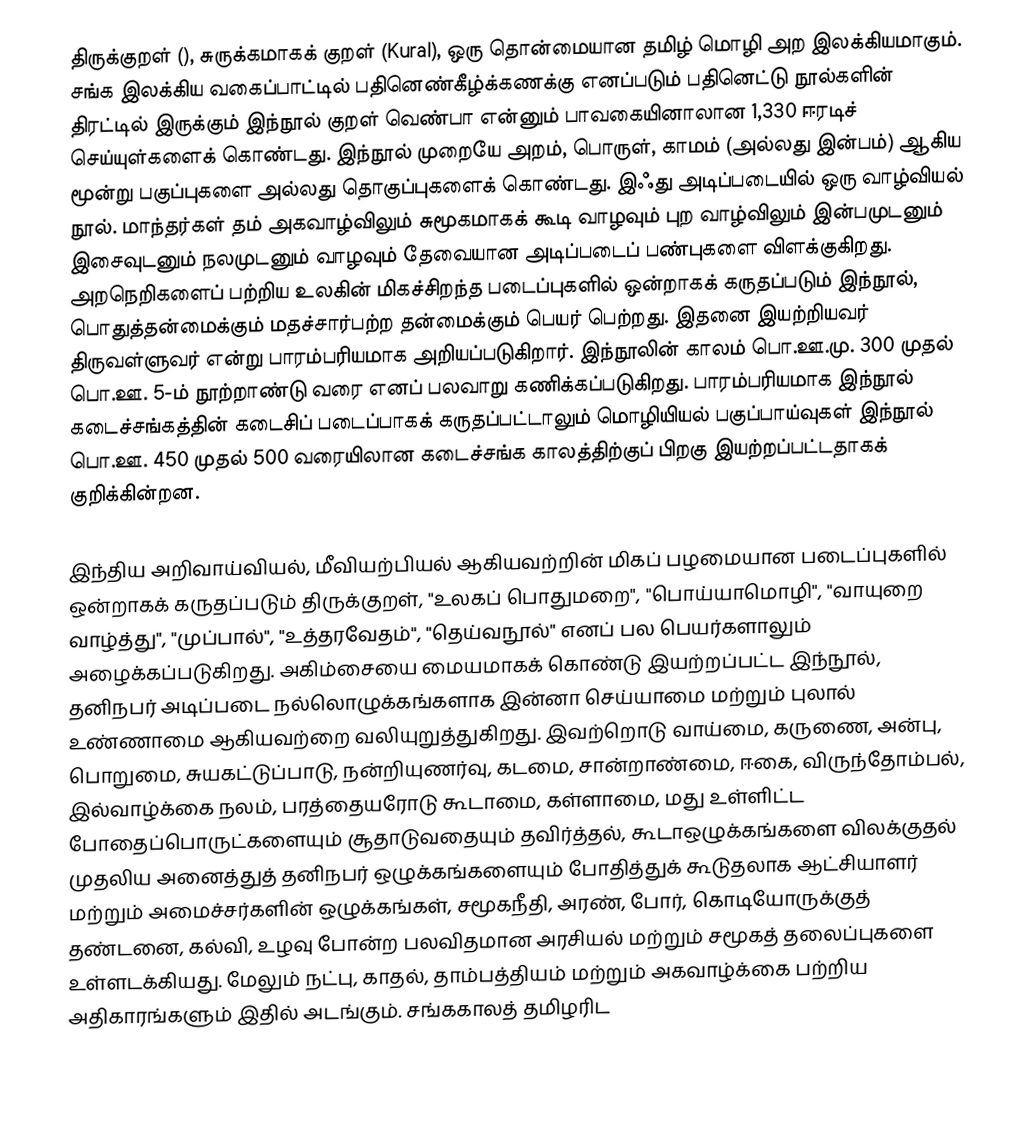
திருக்குறள் (), சுருக்கமாகக் குறள் (Kural), ஒரு தொன்மையான தமிழ் மொழி அற இலக்கியமாகும். சங்க இலக்கிய வகைப்பாட்டில் பதினெண்கீழ்க்கணக்கு எனப்படும் பதினெட்டு நூல்களின் திரட்டில் இருக்கும் இந்நூல் குறள் வெண்பா என்னும் பாவகையினாலான 1,330 ஈரடிச் செய்யுள்களைக் கொண்டது. இந்நூல் முறையே அறம், பொருள், காமம் (அல்லது இன்பம்) ஆகிய மூன்று பகுப்புகளை அல்லது தொகுப்புகளைக் கொண்டது. இஃது அடிப்படையில் ஒரு வாழ்வியல் நூல். மாந்தர்கள் தம் அகவாழ்விலும் சுமூகமாகக் கூடி வாழவும் புற வாழ்விலும் இன்பமுடனும் இசைவுடனும் நலமுடனும் வாழவும் தேவையான அடிப்படைப் பண்புகளை விளக்குகிறது. அறநெறிகளைப் பற்றிய உலகின் மிகச்சிறந்த படைப்புகளில் ஒன்றாகக் கருதப்படும் இந்நூல், பொதுத்தன்மைக்கும் மதச்சார்பற்ற தன்மைக்கும் பெயர் பெற்றது. இதனை இயற்றியவர் திருவள்ளுவர் என்று பாரம்பரியமாக அறியப்படுகிறார். இந்நூலின் காலம் பொ.ஊ.மு. 300 முதல் பொ.ஊ. 5-ம் நூற்றாண்டு வரை எனப் பலவாறு கணிக்கப்படுகிறது. பாரம்பரியமாக இந்நூல் கடைச்சங்கத்தின் கடைசிப் படைப்பாகக் கருதப்பட்டாலும் மொழியியல் பகுப்பாய்வுகள் இந்நூல் பொ.ஊ. 450 முதல் 500 வரையிலான கடைச்சங்க காலத்திற்குப் பிறகு இயற்றப்பட்டதாகக் குறிக்கின்றன.

இந்திய அறிவாய்வியல், மீவியற்பியல் ஆகியவற்றின் மிகப் பழமையான படைப்புகளில் ஒன்றாகக் கருதப்படும் திருக்குறள், "உலகப் பொதுமறை", "பொய்யாமொழி", "வாயுறை வாழ்த்து", "முப்பால்", "உத்தரவேதம்", "தெய்வநூல்" எனப் பல பெயர்களாலும் அழைக்கப்படுகிறது. அகிம்சையை மையமாகக் கொண்டு இயற்றப்பட்ட இந்நூல், தனிநபர் அடிப்படை நல்லொழுக்கங்களாக இன்னா செய்யாமை மற்றும் புலால் உண்ணாமை ஆகியவற்றை வலியுறுத்துகிறது. இவற்றொடு வாய்மை, கருணை, அன்பு, பொறுமை, சுயகட்டுப்பாடு, நன்றியுணர்வு, கடமை, சான்றாண்மை, ஈகை, விருந்தோம்பல், இல்வாழ்க்கை நலம், பரத்தையரோடு கூடாமை, கள்ளாமை, மது உள்ளிட்ட போதைப்பொருட்களையும் சூதாடுவதையும் தவிர்த்தல், கூடாஒழுக்கங்களை விலக்குதல் முதலிய அனைத்துத் தனிநபர் ஒழுக்கங்களையும் போதித்துக் கூடுதலாக ஆட்சியாளர் மற்றும் அமைச்சர்களின் ஒழுக்கங்கள், சமூகநீதி, அரண், போர், கொடியோருக்குத் தண்டனை, கல்வி, உழவு போன்ற பலவிதமான அரசியல் மற்றும் சமூகத் தலைப்புகளை உள்ளடக்கியது. மேலும் நட்பு, காதல், தாம்பத்தியம் மற்றும் அகவாழ்க்கை பற்றிய அதிகாரங்களும் இதில் அடங்கும். சங்ககாலத் தமிழரிட